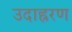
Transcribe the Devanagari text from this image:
उदाह्ररण